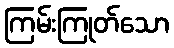
ကြမ်းကြုတ်သော